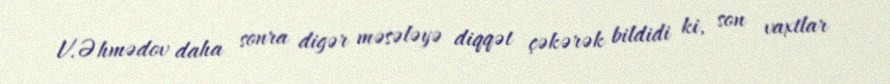
V.Əhmədov daha sonra digər məsələyə diqqət çəkərək bildidi ki, son vaxtlar